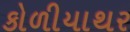
કોળીયાથર